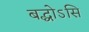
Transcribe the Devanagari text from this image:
बद्धोऽसि